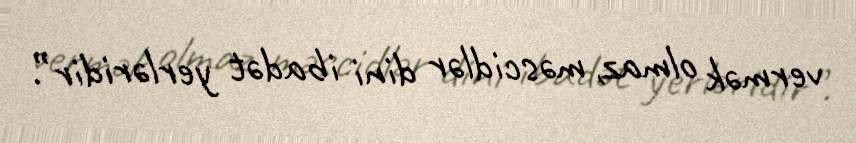
vermək olmaz, məscidlər dini ibadət yerləridir”.